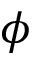
\phi